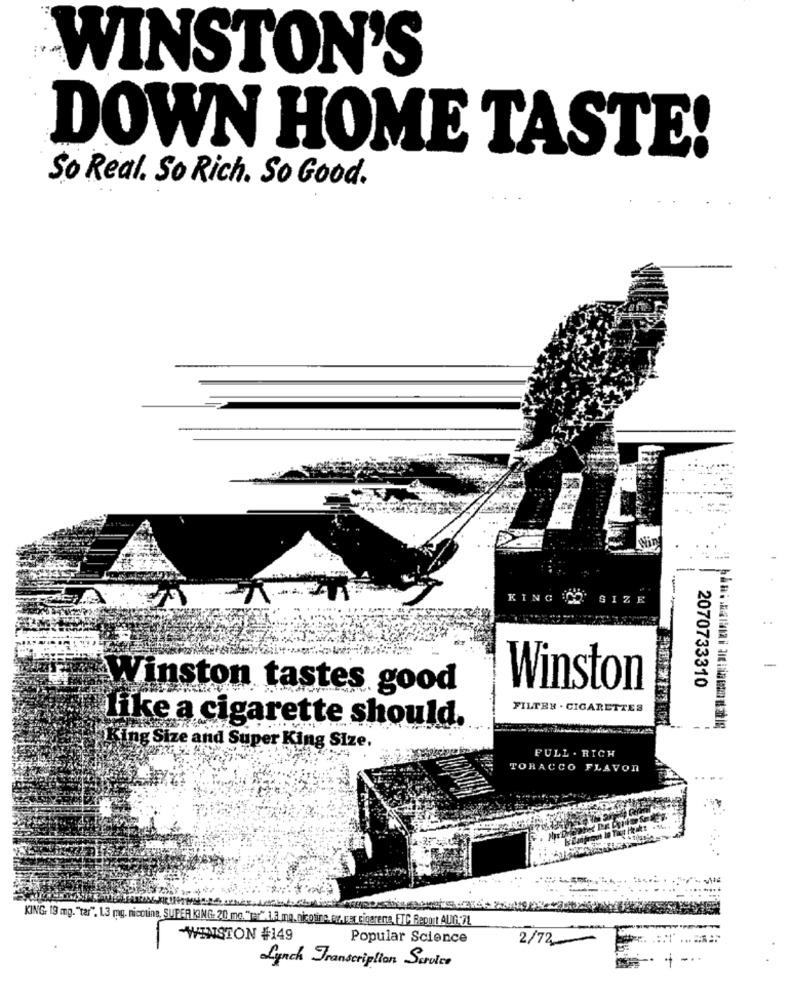
WINSTON'S
DOWN HOME TASTE!
So Real. So Rich. So Good.
KING NO
GIZE
-
2070733310
Winston tastes good
Winston
FILTER . CIGARETTES
like a cigarette should.
·King Size and Super King Size.
FULL . RICH
TORACCO FLAVON
KING: 13 mg. "tar", L3 mg. nicotine, SUPER KING: 20 me. "ser".13 ma. nicotine. arriver cigarene, FTC Report ALIft,7L
-WINSTON #149
Popular Science
2/72
Lynch Transcription Service